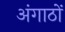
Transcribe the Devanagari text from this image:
अंगाठों